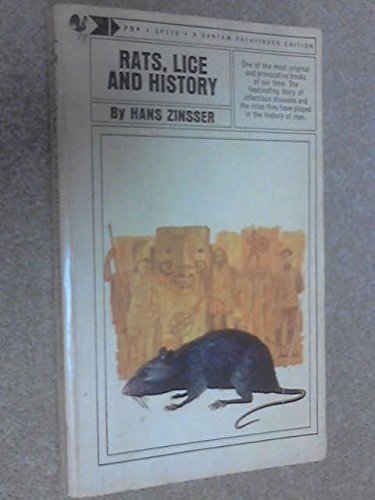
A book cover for Rats, Lice and History: Being a Study in Biography, Which, After Twelve Preliminary Chapters Indispensable for the Preparation of the Lay Reader, Deals With the Life History of Typhus Fever; Hans Zinsser; Health, Fitness & Dieting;